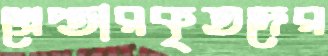
গ্রেপ্তারকৃতদের